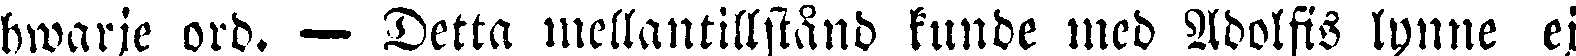
hwarje ord. — Detta mellantillstånd kunde med Adolfis lynne ej